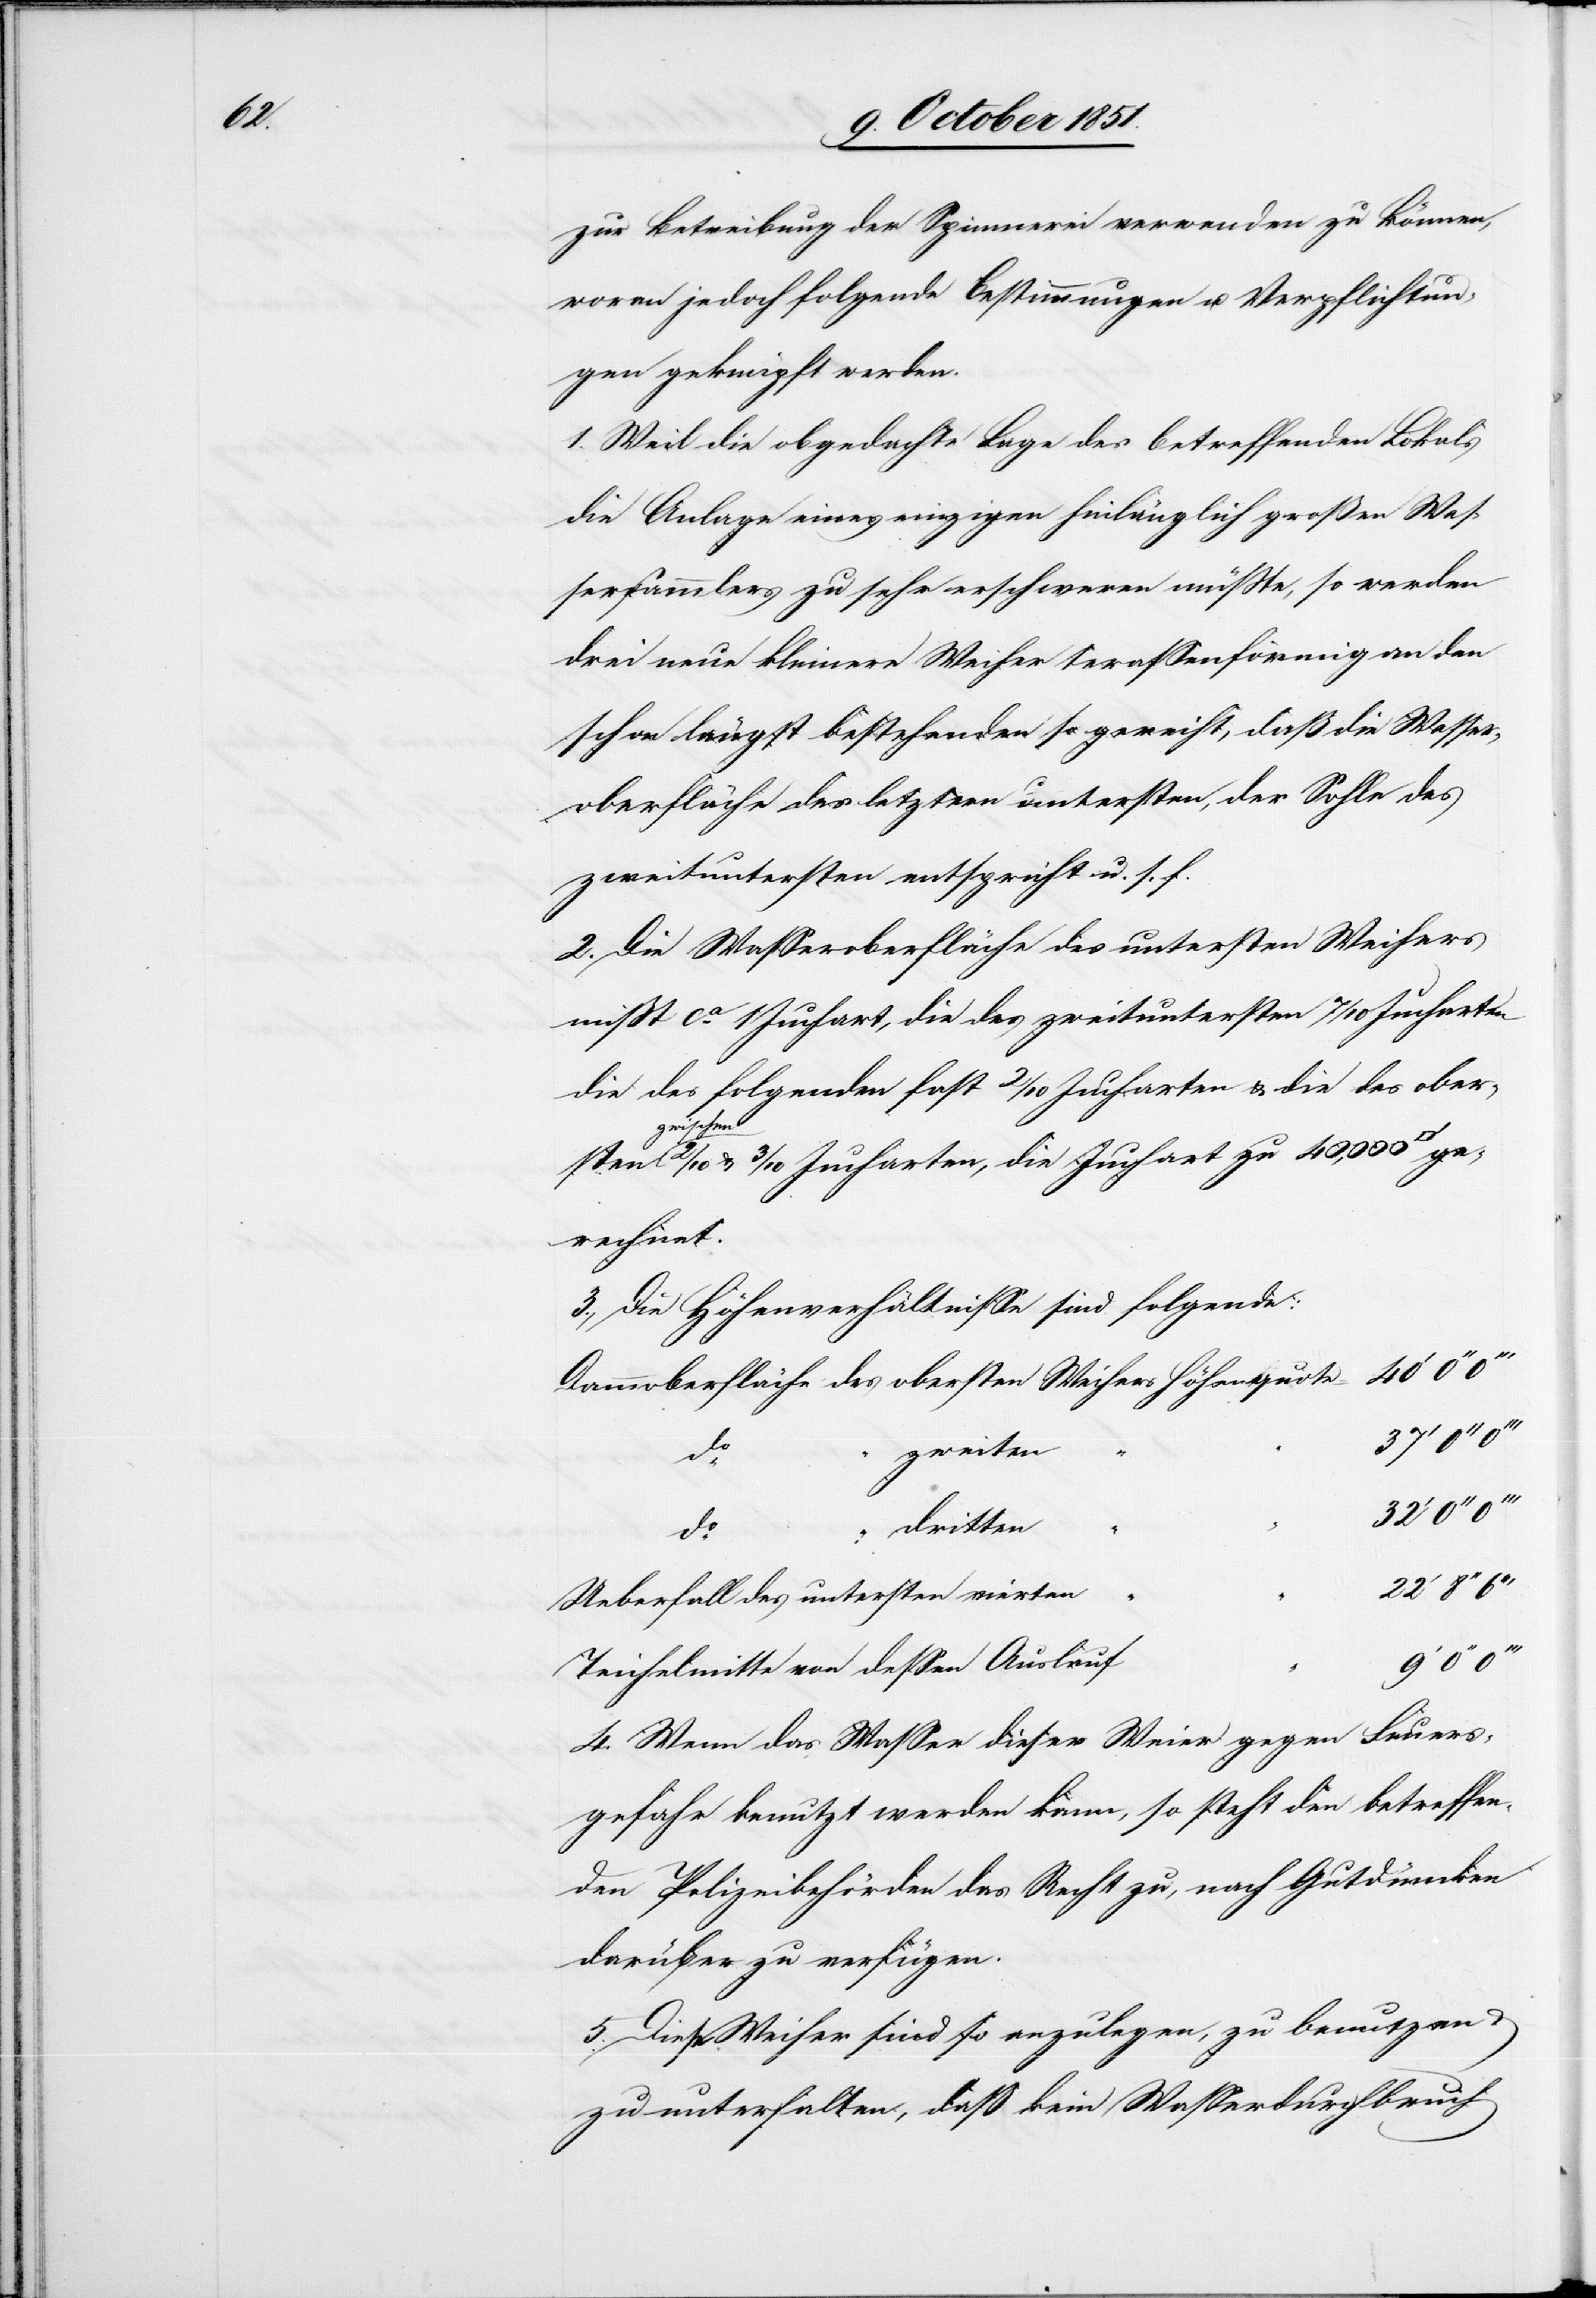
do.

zur Betreibung der Spinnerei verwenden zu können,
woran jedoch folgende Bestimmungen u. Verpflichtun¬
gen geknüpft werden.
1. Weil die obgedachte Lage des betreffenden Lokals
die Anlage eines einzigen hinlänglich großen Was¬
sersammlers zu sehr erschweren müßte, so werden
drei neue kleinere Weiher terassenförmig an den
schon längst bestehenden so gereiht, daß die Wasser¬
oberfläche des letztern untersten, der Sohle des
zweituntersten entspricht u. s. f.
2. Die Wasseroberfläche des untersten Weihers
mißt ca. 1 Juchart, die des zweituntersten 7/10 Jucharten[,]
die des folgenden fast 2/10 Jucharten & die des ober¬
schen 2/10 & 3/10 Jucharten, die Juchart zu 40,000 [Qu¬
gerechnet.
3., Die Höhenverhältnisse sind folgende:
Dammoberfläche des obersten Weihers Höhenquote
adratfuß]
zweiten
do.
“ dritten
“
Ueberfall des untersten vierten
8‘‘
Teichelmitte von dessen Auslauf
4. Wenn das Wasser dieser Wei[h]er gegen Feuers¬
gefahr benutzt werden kann, so steht den betreffen¬
den Polizeibehörden das Recht zu, nach Gutdünken
darüber zu verfügen.
5. Diese Weiher sind so anzulegen, zu benutzen &
zu unterhalten, daß kein Wasserdurchbruch